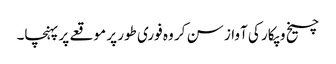
چیخ و پکار کی آواز سن کر وہ فوری طور پر موقعے پر پہنچا۔